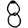
Digit: 8